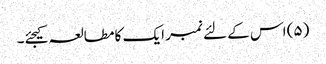
(۵) اس کے لئے نمبر ایک کا مطالعہ کیجئے۔